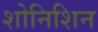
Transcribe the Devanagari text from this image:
शोनिशिन